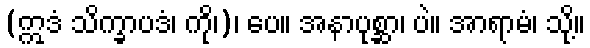
(ဣဒံ သိက္ခာပဒံ၊ ကို၊)၊ ပေ။ အနာပုစ္ဆာ၊ ပဲ။ အာရာမံ၊ သို့။